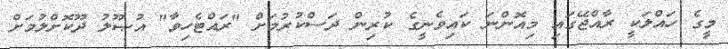
މީގެ ހައްލަކީ ރާއްޖޭގައި މިއޮންނަ ކައިވެނީގެ ކުރިން ދަސްކުރުމަށް "ރައްޓެހިވާ" އުޞޫލު ދޫކޮށްލުމަށް